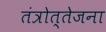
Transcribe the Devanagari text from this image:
तंत्रोत्तेजना